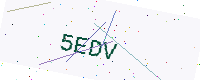
Text: 5EDV